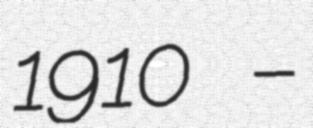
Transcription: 1910 –